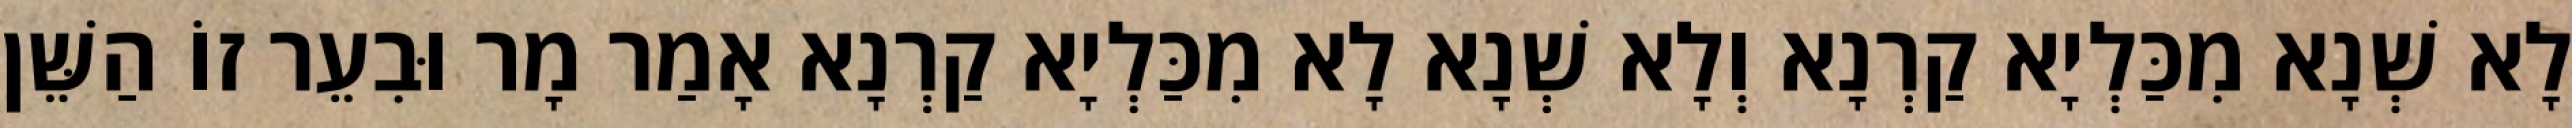
לָא שְׁנָא מִכַּלְיָא קַרְנָא וְלָא שְׁנָא לָא מִכַּלְיָא קַרְנָא אָמַר מָר וּבִעֵר זוֹ הַשֵּׁן